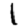
Digit: 1